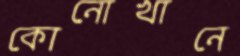
কোনোখানে